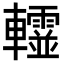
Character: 𨏨